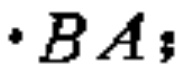
$\cdot B A ;$